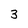
Character: 3